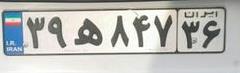
۳۹ه۸۴۷۳۶